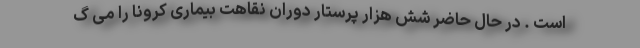
است . در حال حاضر شش هزار پرستار دوران نقاهت بیماری کرونا را می گ